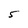
Character: 5